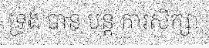
ទ្រង់ បាន បន្ត ការសិក្សា